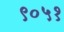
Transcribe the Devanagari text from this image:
९०५१